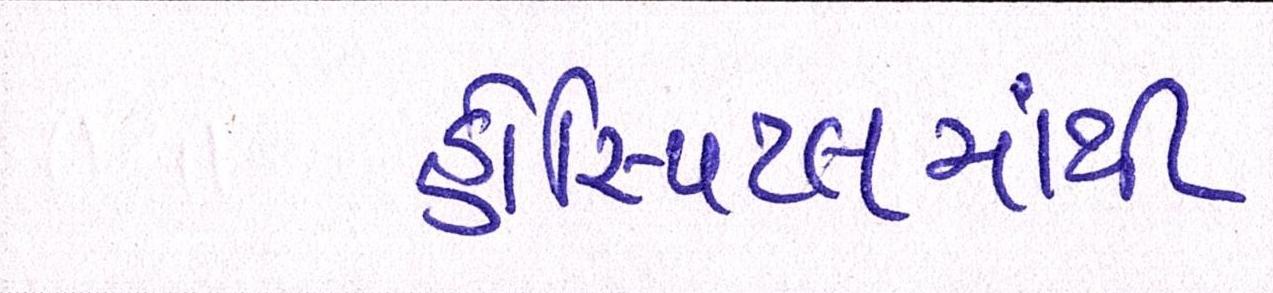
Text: હોસ્પિટલમાંથી